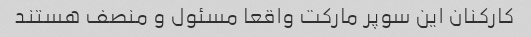
کارکنان این سوپر مارکت واقعا مسئول و منصف هستند